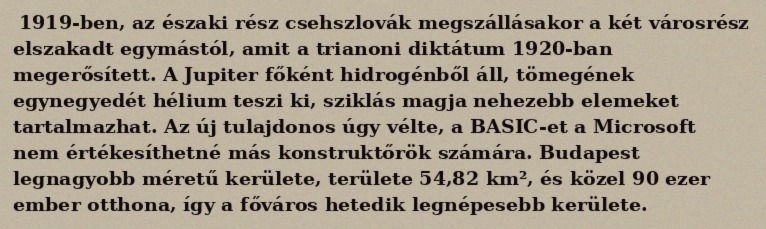
1919-ben, az északi rész csehszlovák megszállásakor a két városrész elszakadt egymástól, amit a trianoni diktátum 1920-ban megerősített. A Jupiter főként hidrogénből áll, tömegének egynegyedét hélium teszi ki, sziklás magja nehezebb elemeket tartalmazhat. Az új tulajdonos úgy vélte, a BASIC-et a Microsoft nem értékesíthetné más konstruktőrök számára. Budapest legnagyobb méretű kerülete, területe 54,82 km², és közel 90 ezer ember otthona, így a főváros hetedik legnépesebb kerülete.